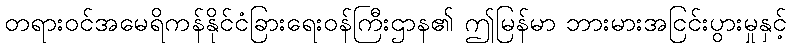
တရားဝင်အမေရိကန်နိုင်ငံခြားရေးဝန်ကြီးဌာန၏ ဤမြန်မာ ဘားမားအငြင်းပွားမှုနှင့်